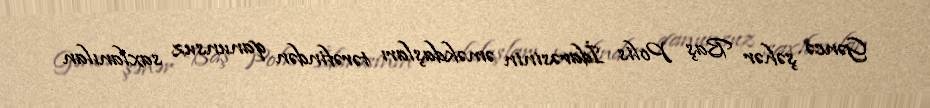
Gəncə şəhər Baş Polis İdarəsinin əməkdaşları tərəfindən qanunsuz saxlanılan